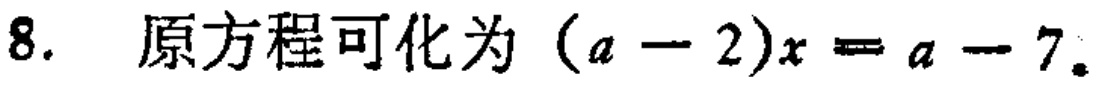
8. 原方程可化为\((a - 2)x = a - 7\)。